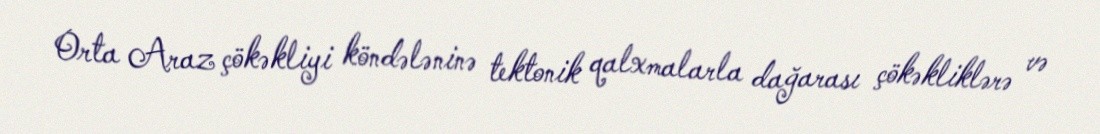
Orta Araz çökəkliyi köndələninə tektonik qalxmalarla dağarası çökəkliklərə və